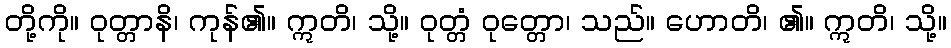
တို့ကို။ ဝုတ္တာနိ၊ ကုန်၏။ ဣတိ၊ သို့။ ဝုတ္တံ ဝုတ္တော၊ သည်။ ဟောတိ၊ ၏။ ဣတိ၊ သို့။